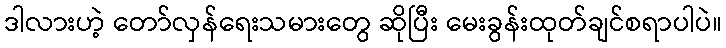
ဒါလားဟဲ့ တော်လှန်ရေးသမားတွေ ဆိုပြီး မေးခွန်းထုတ်ချင်စရာပါပဲ။